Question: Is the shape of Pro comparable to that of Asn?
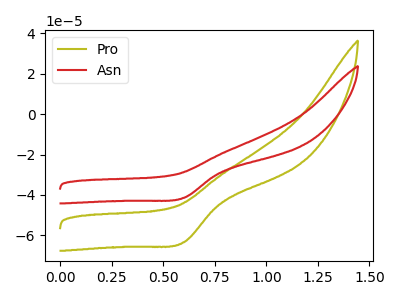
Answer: <think>The olive curve "Pro" has a cathodic peak at: (0.60V, -63.50uA). The red curve "Asn" has a cathodic peak at: (0.60V, -41.45uA).
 All the peaks in "Pro" have a peak in "Asn" at the same potential. Every peak in "Pro" is higher than every peak in "Asn".</think>
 <answer>"Pro" and "Asn" are similar in shape.</answer>
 <eval>same_shape</eval>